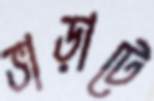
ভাড়াটে